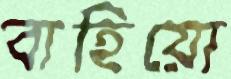
বাহিয়ো